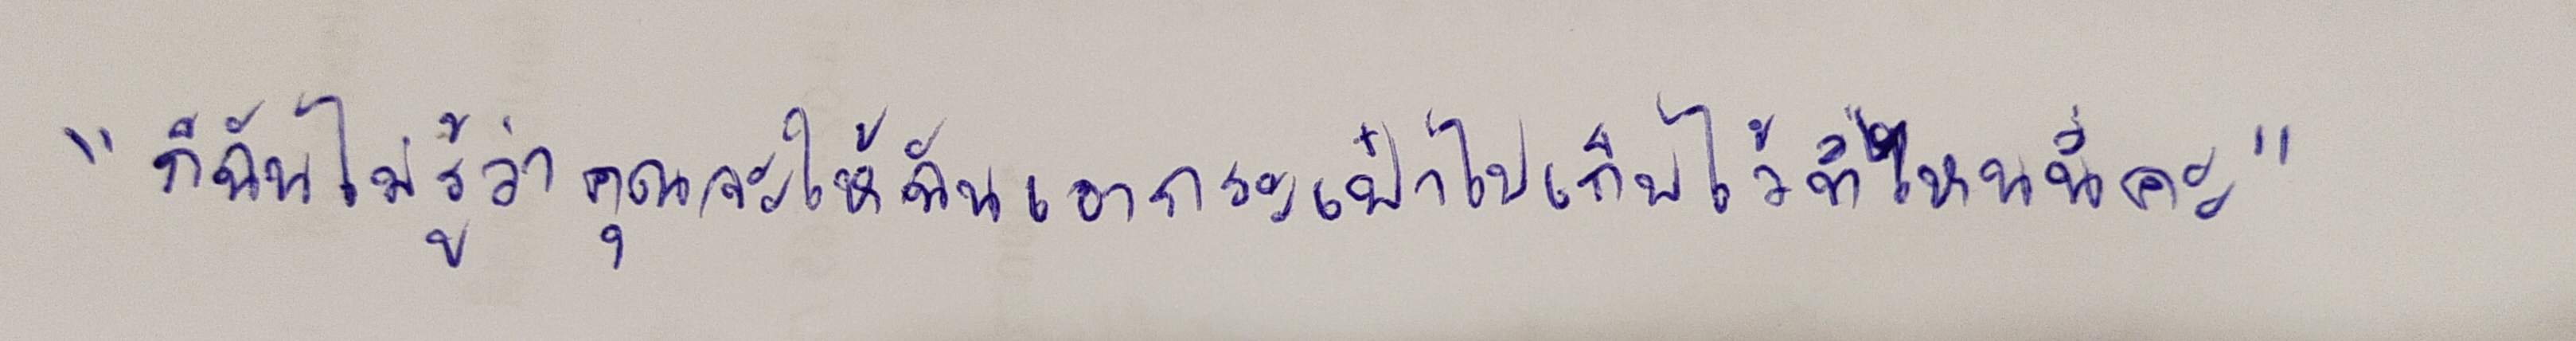
"ก็ฉันไม่รู้ว่าคุณจะให้ฉันเอากระเป๋าไปเก็บไว้ที่ไหนนี่คะ"